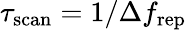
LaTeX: \tau_{\mathrm{scan}}=1/\Delta f_{\mathrm{rep}}